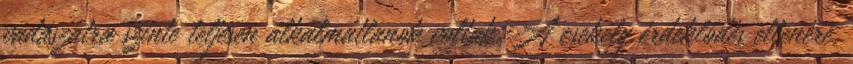
vadászatra szinte teljesen alkalmatlanok voltak. A csekély érdeklődés ellenére,